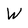
Character: W